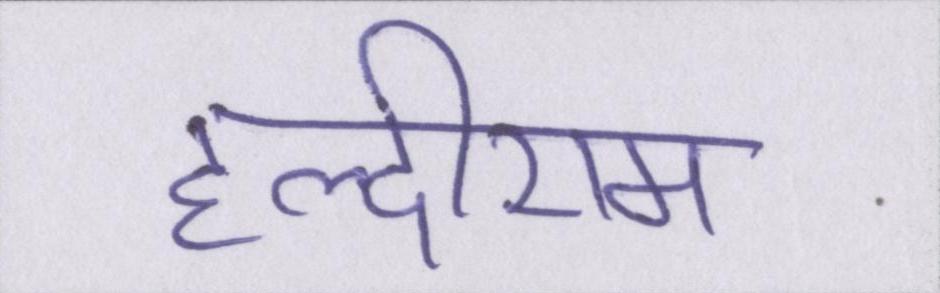
हल्दीराम